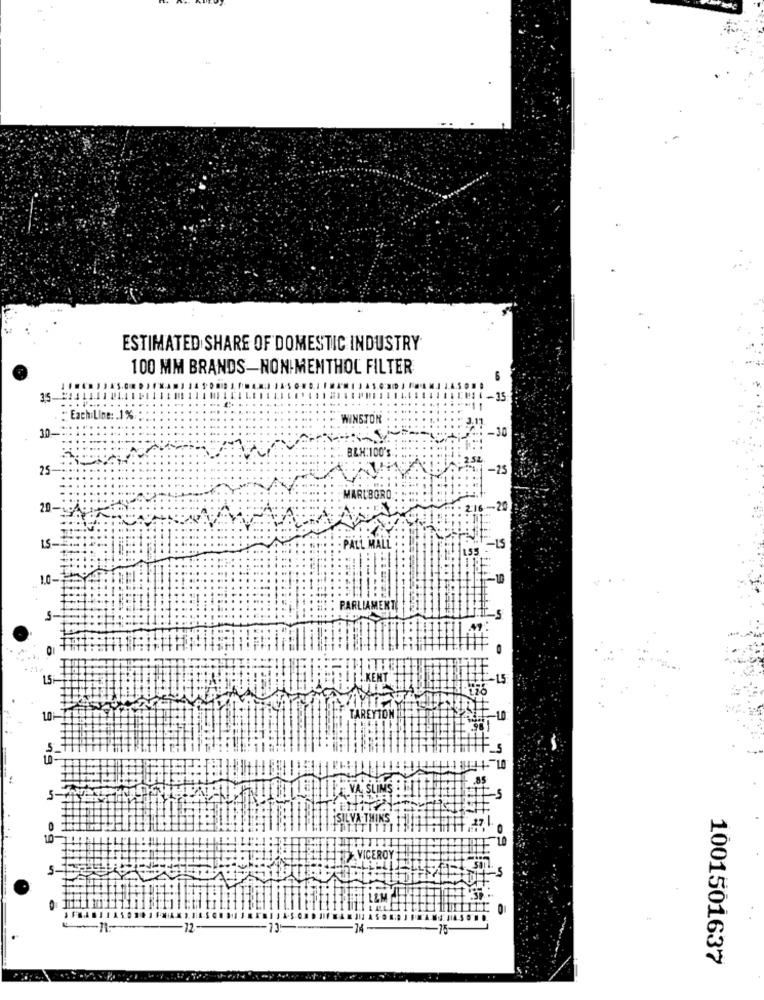
ESTIMATED SHARE OF DOMESTIC INDUSTRY
100 MM BRANDS-NON MENTHOL FILTER
15-
35
Each:Line :. 1%
WINSTON
-30
30-
B&H:100's
25
-25
MARLBORO
20-
-- 20
-IS
PALL MALL
1.0-
-10
PARLIAMENT
*⑆1+
15
-15
TAREYTON
LE VA SLIMS ELT
SILVA THINS
VICEROY
13:
1001501637